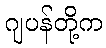
ဂျပန်တို့က